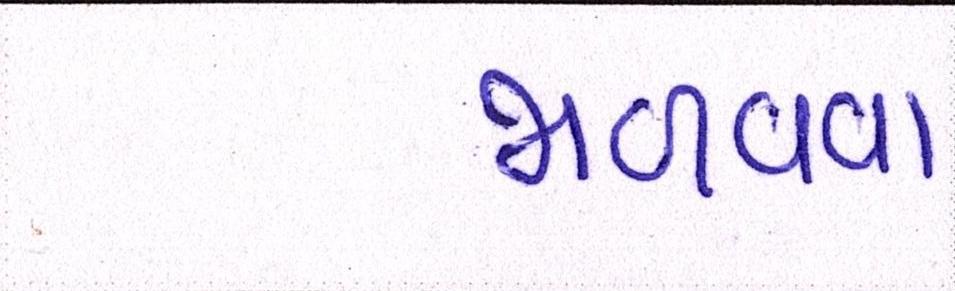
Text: જાળવવા